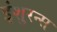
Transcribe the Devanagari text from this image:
इंशुरन्स